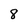
Character: 8